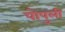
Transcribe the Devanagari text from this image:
पोपुली